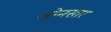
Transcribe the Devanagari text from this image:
जोनसार